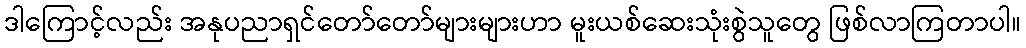
ဒါကြောင့်လည်း အနုပညာရှင်တော်တော်များများဟာ မူးယစ်ဆေးသုံးစွဲသူတွေ ဖြစ်လာကြတာပါ။